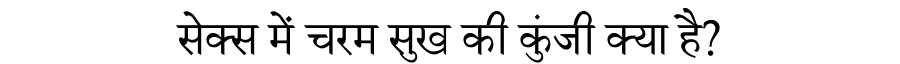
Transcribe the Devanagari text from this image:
सेक्स में चरम सुख की कुंजी क्या है?